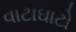
વાટાઘાટો